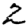
Digit: 2